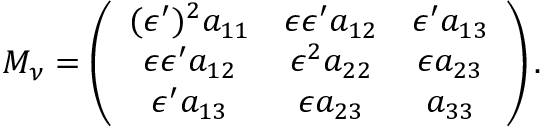
M _ { \nu } = \left( \begin{array} { c c c } { { ( \epsilon ^ { \prime } ) ^ { 2 } a _ { 1 1 } } } & { { \epsilon \epsilon ^ { \prime } a _ { 1 2 } } } & { { \epsilon ^ { \prime } a _ { 1 3 } } } \\ { { \epsilon \epsilon ^ { \prime } a _ { 1 2 } } } & { { \epsilon ^ { 2 } a _ { 2 2 } } } & { { \epsilon a _ { 2 3 } } } \\ { { \epsilon ^ { \prime } a _ { 1 3 } } } & { { \epsilon a _ { 2 3 } } } & { { a _ { 3 3 } } } \end{array} \right) .